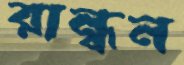
রান্ধন